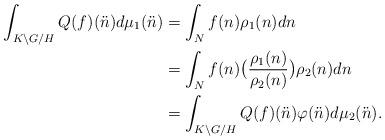
LaTeX: \begin{align*}\int_{K \backslash G /H} Q(f) (\ddot{n}) d\mu_1 (\ddot{n})&= \int_N f(n) \rho_1 (n)dn\\&=\int_N f(n) \big(\frac{\rho_1(n)}{\rho_2(n)}\big) \rho_2 (n) dn \\&=\int_{K \backslash G /H} Q(f) (\ddot{n})\varphi(\ddot{n})d\mu_2(\ddot{n}).\end{align*}